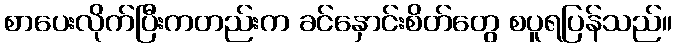
စာပေးလိုက်ပြီးကတည်းက ခင်နှောင်းစိတ်တွေ စပူရပြန်သည်။